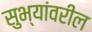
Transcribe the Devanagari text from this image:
सुभ्यांवरील